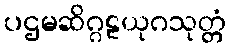
ပဌမဆိဂ္ဂဠယုဂသုတ္တံ